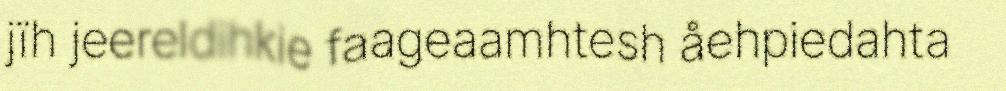
jïh jeereldihkie faageaamhtesh åehpiedahta